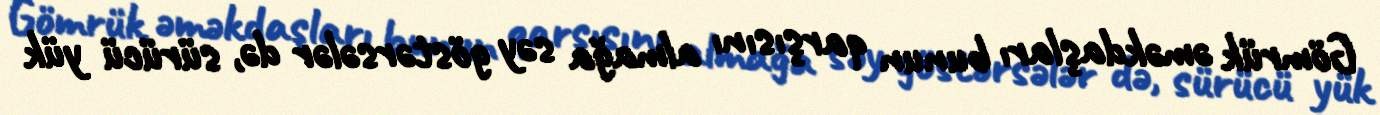
Gömrük əməkdaşları bunun qarşısını almağa səy göstərsələr də, sürücü yük